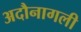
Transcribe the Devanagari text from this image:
अदौनागली